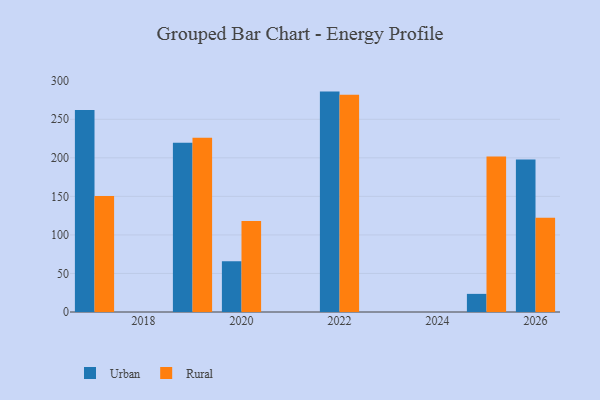
{"axis": {"x": "Year", "y": "Tickets Resolved"}, "legend": ["Rural", "Urban"], "data": [{"x": "2025", "y": 23.5, "type": "Urban"}, {"x": "2025", "y": 201.7, "type": "Rural"}, {"x": "2020", "y": 65.7, "type": "Urban"}, {"x": "2020", "y": 118.1, "type": "Rural"}, {"x": "2019", "y": 219.6, "type": "Urban"}, {"x": "2019", "y": 226.1, "type": "Rural"}, {"x": "2026", "y": 197.8, "type": "Urban"}, {"x": "2026", "y": 122.1, "type": "Rural"}, {"x": "2022", "y": 285.9, "type": "Urban"}, {"x": "2022", "y": 281.9, "type": "Rural"}, {"x": "2017", "y": 262.1, "type": "Urban"}, {"x": "2017", "y": 150.6, "type": "Rural"}]}